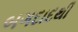
બગદાદથી